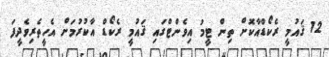
12 ޤައުމީ ރެކޯޑްއާކޮށް ތިން ޓީމު އިވެންޓްގައި ޤައުމީ ރެކޯޑް އާކުރުމަށް އެހީތެރިވެދީފަ